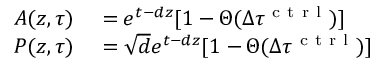
\begin{array} { r l } { A ( z , \tau ) } & { { } = e ^ { t - d z } [ 1 - \Theta ( \Delta \tau ^ { \mathrm { ~ c ~ t ~ r ~ l ~ } } ) ] } \\ { P ( z , \tau ) } & { { } = \sqrt { d } e ^ { t - d z } [ 1 - \Theta ( \Delta \tau ^ { \mathrm { ~ c ~ t ~ r ~ l ~ } } ) ] } \end{array}